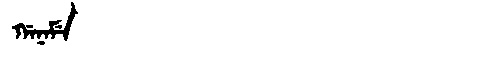
Manchu: ᡤᠠᠨᠠᠮᡝ
Romanization: GANAME